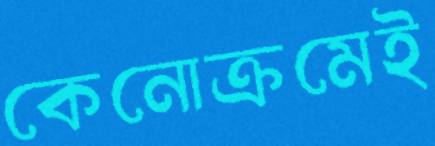
কেনোক্রমেই